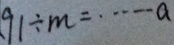
9 1 \div m = \cdots a